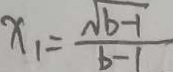
x _ { 1 } = \frac { \sqrt { b - 1 } } { b - 1 }